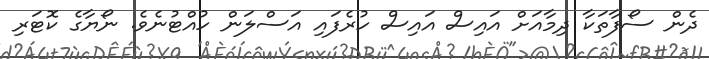
ދެން ސޯފާތަކާ ދިމާއަށް އައިސް އައިސް ހުރެފައި އަސްލަން ހުއްޓުނެވެ. ނޯޔާގެ ކޮޓަރި